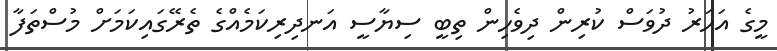
މީގެ އަހަރު ދުވަސް ކުރިން ދިވެހިން ތިބީ ސިޔާސީ އަނދިރިކަމެއްގެ ތެރޭގައިކަމަށް މުސްތަފާ